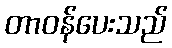
တာဝန်ပေးသည်